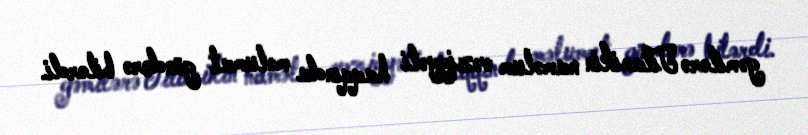
gəmilərə Titanikin naməlum vəziyyəti haqqında məlumat göndərə bilərdi.